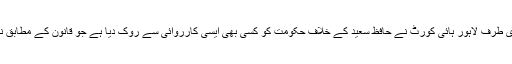
دوسری طرف لاہور ہائی کورٹ نے حافظ سعید کے خلاف حکومت کو کسی بھی ایسی کارروائی سے روک دیا ہے جو قانون کے مطابق نہ ہوں۔